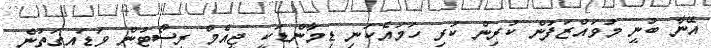
އޭނާ ބުނީ މުވައްޒަފުން ކުރިން ކުރި ހަމައެކަނި ޑިމާންޑަކީ ޖީއެމް ރިސޯޓުން ވަޑައިގަތުން